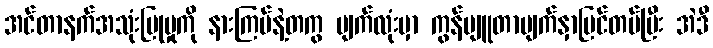
အင်တာနက်အသုံးပြုမှုကို နားကြပ်နဲ့တကွ မျက်လုံးမှာ ကွန်ပျူတာမျက်နှာပြင်တပ်ပြီး အဲဒီ